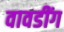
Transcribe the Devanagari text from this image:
वावडींग